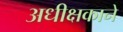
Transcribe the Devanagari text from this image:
अधीक्षकाने